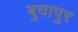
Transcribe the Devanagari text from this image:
बुधापुर